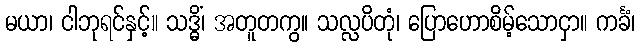
မယာ၊ ငါဘုရင်နှင့်။ သဒ္ဓိံ၊ အတူတကွ။ သလ္လပိတုံ၊ ပြောဟောစိမ့်သောငှာ။ ကင်္ခံ၊